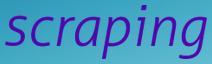
scraping